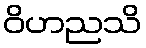
ဝိဟညသိ